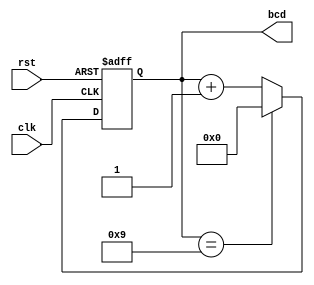
module BCD_Counter (
    input wire clk,       // Clock input
    input wire rst,       // Asynchronous reset input
    output reg [3:0] bcd  // 4-bit BCD output
);

// Always block triggered on rising edge of the clock or when reset is asserted
always @(posedge clk or posedge rst) begin
    if (rst) begin
        // If reset is active, initialize the counter to 0
        bcd <= 4'b0000;
    end else begin
        // On clock pulse, increment the counter
        if (bcd == 4'b1001) begin
            // If current count is 9, reset to 0
            bcd <= 4'b0000;
        end else begin
            // Otherwise, increment the count
            bcd <= bcd + 1'b1;
        end
    end
end

endmodule